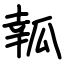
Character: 瓡